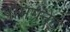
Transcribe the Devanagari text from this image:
पोमग्रॅनेट